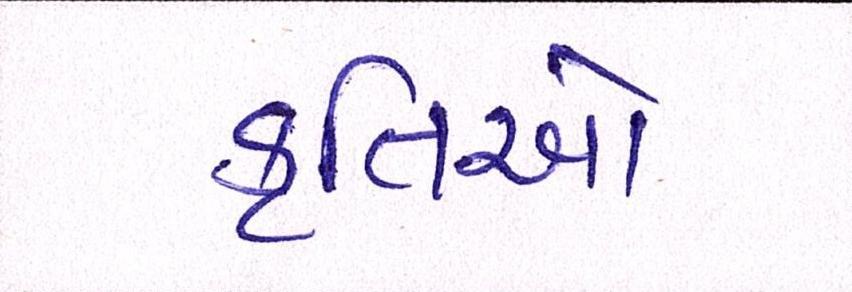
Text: કૃતિઓ